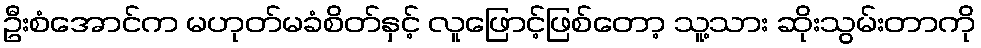
ဦးစံအောင်က မဟုတ်မခံစိတ်နှင့် လူဖြောင့်ဖြစ်တော့ သူ့သား ဆိုးသွမ်းတာကို